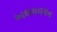
અભયવચન